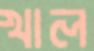
খাল